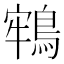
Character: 𪁔